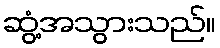
ဆွံ့အသွားသည်။